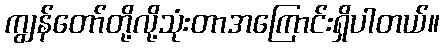
ကျွန်တော်တို့လို့သုံးတာအကြောင်းရှိပါတယ်။